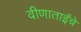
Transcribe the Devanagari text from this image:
वीणाताईंचे